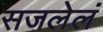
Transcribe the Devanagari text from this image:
सजलेलं